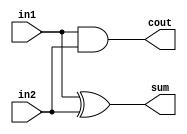
module half_adder(output wire sum,
                  output wire cout,
                  input wire in1,
                  input wire in2);
    xor(sum, in1, in2);
    and(cout, in1, in2);
endmodule